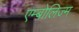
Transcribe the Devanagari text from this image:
एम्बोलिज्म